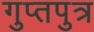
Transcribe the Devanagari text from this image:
गुप्तपुत्र